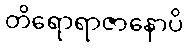
တိရောရာဇာနောပိ